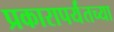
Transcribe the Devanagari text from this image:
प्रकारापर्यंतच्या